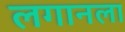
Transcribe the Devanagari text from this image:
लगानला